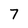
Character: 7